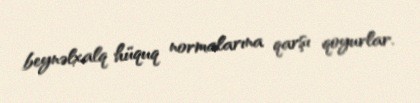
beynəlxalq hüquq normalarına qarşı qoyurlar.